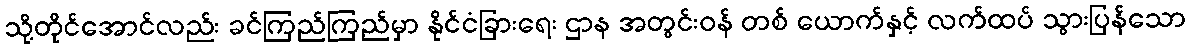
သို့တိုင်အောင်လည်း ခင်ကြည်ကြည်မှာ နိုင်ငံခြားရေး ဌာန အတွင်းဝန် တစ် ယောက်နှင့် လက်ထပ် သွားပြန်သော